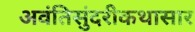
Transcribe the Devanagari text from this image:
अवंतिसुंदरीकथासार